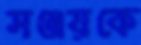
সঞ্জয়কে